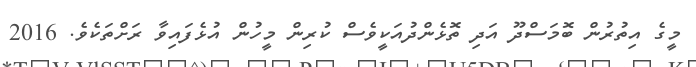
މީގެ އިތުރުން ބޮމަސްދޫ އަދި ތޮޅެންދުއަކީވެސް ކުރިން މީހުން އުޅެފައިވާ ރަށްތަކެވެ. 2016